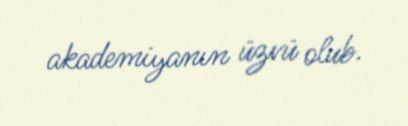
akademiyanın üzvü olub.